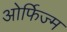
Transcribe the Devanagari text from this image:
ओर्फिज्म